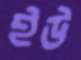
ইউ